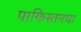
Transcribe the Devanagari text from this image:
पाकिस्तनचा